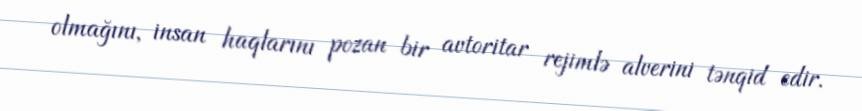
olmağını, insan haqlarını pozan bir avtoritar rejimlə alverini tənqid edir.